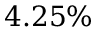
4 . 2 5 \%